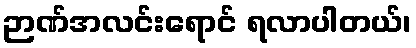
ဉာဏ်အလင်းရောင် ရလာပါတယ်၊